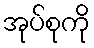
အုပ်စုကို